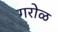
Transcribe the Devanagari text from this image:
गरोळ